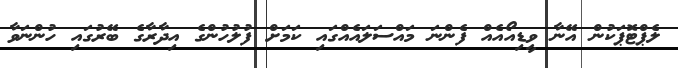
ލެޕްޓޮޕަކުން އޭނާ ވީޑިއޯއެއް ފެންނަ މައްސަލައެއްގައި ކަމަށް ފުލުުހުންގެ އިދާރާގެ ބޭރުގައި ހުންނަވާ